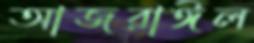
আজরাঈল